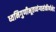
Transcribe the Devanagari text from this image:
ध्वनिगुणीभूतव्यंग्यसंकीर्णभेद